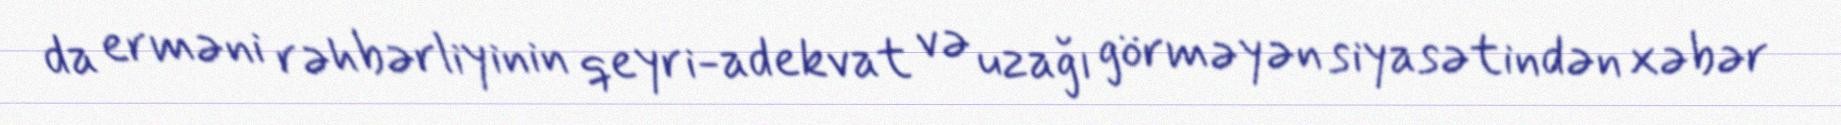
da erməni rəhbərliyinin qeyri-adekvat və uzağı görməyən siyasətindən xəbər